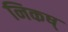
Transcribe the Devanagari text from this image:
निकष्